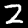
Digit: 2